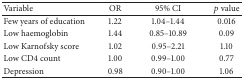
<table><thead><tr><td><b>Variable</b></td><td><b>OR</b></td><td><b>95% CI</b></td><td><b><i>p</i> value</b></td></tr></thead><tbody><tr><td>Few years of education</td><td>1.22</td><td>1.04–1.44</td><td>0.016</td></tr><tr><td>Low haemoglobin</td><td>1.44</td><td>0.85–10.89</td><td>0.09</td></tr><tr><td>Low Karnofsky score</td><td>1.02</td><td>0.95–2.21</td><td>1.10</td></tr><tr><td>Low CD4 count</td><td>1.00</td><td>0.99–1.00</td><td>0.77</td></tr><tr><td>Depression</td><td>0.98</td><td>0.90–1.00</td><td>1.06</td></tr></tbody></table>